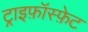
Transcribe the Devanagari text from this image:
ट्राइफ़ॉस्फ़ेट